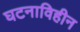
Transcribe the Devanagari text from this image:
घटनाविहीन